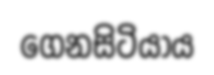
ගෙනසිටියාය